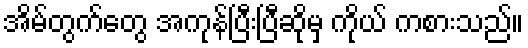
အိမ်တွက်တွေ အကုန်ပြီးပြီဆိုမှ ကိုယ် ကစားသည်။